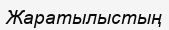
Жаратылыстың